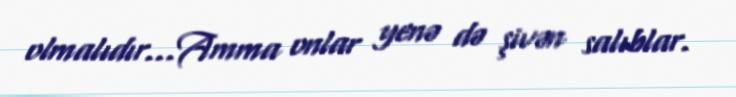
olmalıdır…Amma onlar yenə də şivən salıblar.